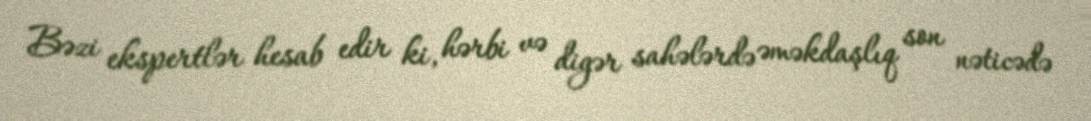
Bəzi ekspertlər hesab edir ki, hərbi və digər sahələrdə əməkdaşlıq son nəticədə